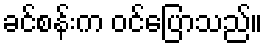
ခင်စန်းက ဝင်ပြောသည်။